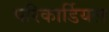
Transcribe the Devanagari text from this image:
परिकार्डियल